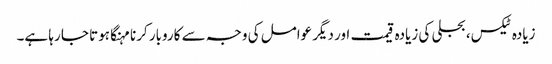
زیادہ ٹیکس، بجلی کی زیادہ قیمت اور دیگر عوامل کی وجہ سے کاروبار کرنا مہنگا ہوتا جا رہا ہے۔